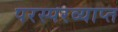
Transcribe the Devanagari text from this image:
परस्परव्याप्त